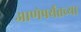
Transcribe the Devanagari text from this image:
आणेपर्यंतच्या